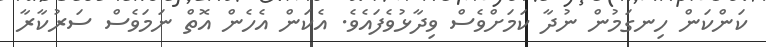
ކަންކަން ހިނގަމުން ނުދާ ކަމަށްވެސް ވިދާޅުވެފައެވެ. އެކަން އެހެން އޮތް ނަމަވެސް ސަރުކާރާ